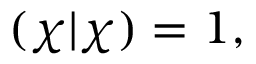
( \chi | \chi ) = 1 ,